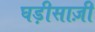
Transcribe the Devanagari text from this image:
घड़ीसाज़ी